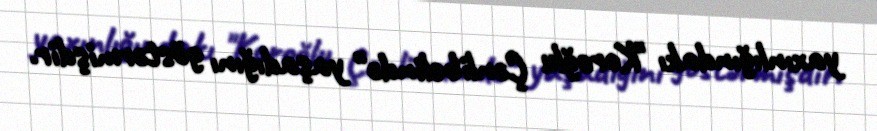
yaxınlığındakı "Koroğlu Çənlibelində" yaşadığını göstərmişdir.